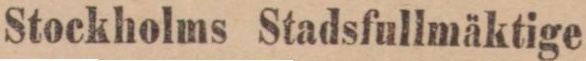
Stockholms Stadsfullmäktige